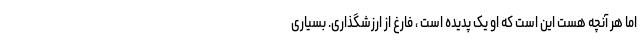
اما هر آنچه هست این است که او یک پدیده است ، فارغ از ارزشگذاری. بسیاری